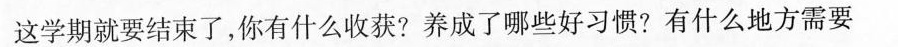
这学期就要结束了，你有什么收获?养成了哪些好习惯?有什么地方需要